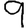
Digit: 9